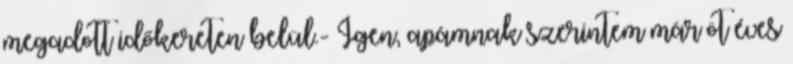
megadott időkereten belül.- Igen, apámnak szerintem már öt éves